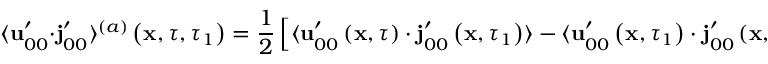
\langle \mathbf { u } _ { 0 0 } ^ { \prime } \cdot \mathbf { j } _ { 0 0 } ^ { \prime } \rangle ^ { ( a ) } \left( \mathbf { x } , \tau , \tau _ { 1 } \right) = \frac { 1 } { 2 } \left[ \langle \mathbf { u } _ { 0 0 } ^ { \prime } \left( \mathbf { x } , \tau \right) \cdot \mathbf { j } _ { 0 0 } ^ { \prime } \left( \mathbf { x } , \tau _ { 1 } \right) \rangle - \langle \mathbf { u } _ { 0 0 } ^ { \prime } \left( \mathbf { x } , \tau _ { 1 } \right) \cdot \mathbf { j } _ { 0 0 } ^ { \prime } \left( \mathbf { x } , \tau \right) \rangle \right] .